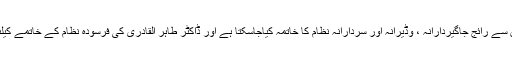
انہوں نے کہاکہ اصولی اور جمہوری روش اپنا کر ہی ملک میں برسوں سے رائج جاگیردارانہ ، وڈیرانہ اور سردارانہ نظام کا خاتمہ کیاجاسکتا ہے اور ڈاکٹر طاہر القادری کی فرسودہ نظام کے خاتمے کیلئے کی جانے والی جدوجہد کو ایم کیوایم قدر کی نگاہ سے دیکھتی ہے ۔